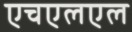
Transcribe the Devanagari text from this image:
एचएलएल